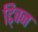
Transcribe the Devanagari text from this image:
टि्वन